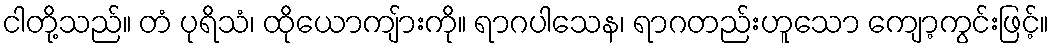
ငါတို့သည်။ တံ ပုရိသံ၊ ထိုယောကျ်ားကို။ ရာဂပါသေန၊ ရာဂတည်းဟူသော ကျော့ကွင်းဖြင့်။